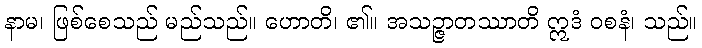
နာမ၊ ဖြစ်စေသည် မည်သည်။ ဟောတိ၊ ၏။ အသဉ္ဇာတဿာတိ ဣဒံ ဝစနံ၊ သည်။